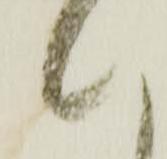
候